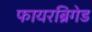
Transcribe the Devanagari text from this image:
फायरब्रिगेड